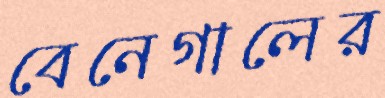
বেনেগালের